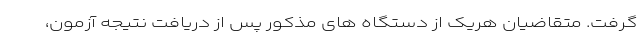
گرفت. متقاضیان هریک از دستگاه های مذکور پس از دریافت نتیجه آزمون،